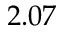
2 . 0 7